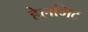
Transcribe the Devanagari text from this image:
हेलमिट